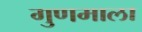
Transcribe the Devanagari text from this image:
गुणमाला